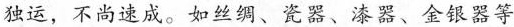
独运，不尚速成。如丝绸、瓷器、漆器、金银器等